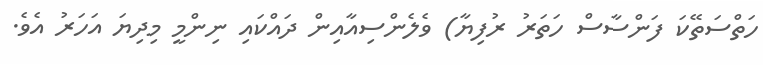
ހަތްސަތޭކަ ފަންސާސް ހަތަރު ރުފިޔާ) ވެލެންސިއާއިން ދައްކައި ނިންމީ މިދިޔަ އަހަރު އެވެ.